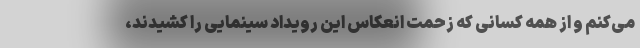
می‌کنم و از همه کسانی که زحمت انعکاس این رویداد سینمایی را کشیدند،